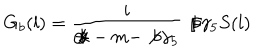
G _ { b } ( l ) = \frac { i } { \not { k } - m - \not { b } \gamma _ { 5 } } \not { b } \gamma _ { 5 } S ( l )